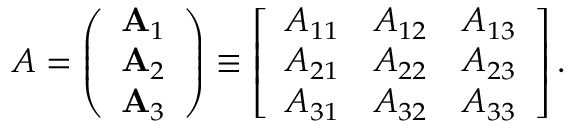
A = \left( \begin{array} { l } { \mathbf { A } _ { 1 } } \\ { \mathbf { A } _ { 2 } } \\ { \mathbf { A } _ { 3 } } \end{array} \right) \equiv \left[ \begin{array} { l l l } { A _ { 1 1 } } & { A _ { 1 2 } } & { A _ { 1 3 } } \\ { A _ { 2 1 } } & { A _ { 2 2 } } & { A _ { 2 3 } } \\ { A _ { 3 1 } } & { A _ { 3 2 } } & { A _ { 3 3 } } \end{array} \right] .